Civil Veterinary Dept. North-West Frontier Province 1901-22 - 1901-1922
Year: 1901
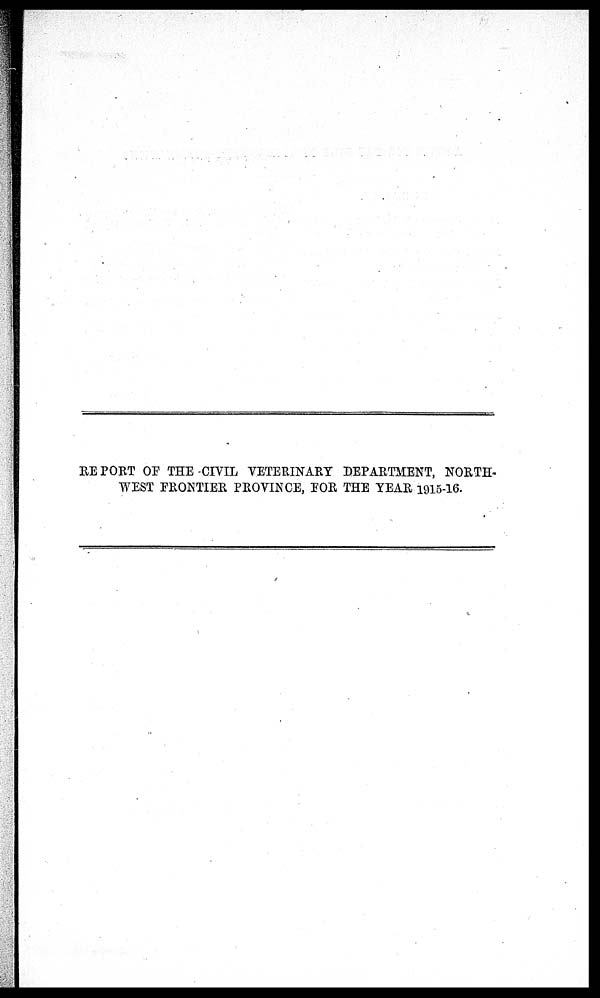
REPORT OF THE CIVIL VETERINARY DEPARTMENT, NORTH-
WEST FRONTIER PROVINCE, FOR THE YEAR 1915-16.